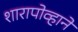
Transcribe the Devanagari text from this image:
शारापोव्हाने